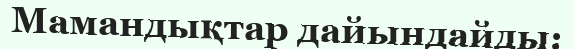
Мамандықтар дайындайды: